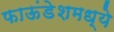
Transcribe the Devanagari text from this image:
फाऊंडेशमध्ये